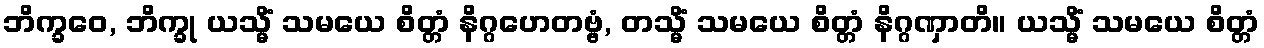
ဘိက္ခဝေ, ဘိက္ခု ယသ္မိံ သမယေ စိတ္တံ နိဂ္ဂဟေတဗ္ဗံ, တသ္မိံ သမယေ စိတ္တံ နိဂ္ဂဏှာတိ။ ယသ္မိံ သမယေ စိတ္တံ